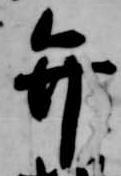
弁